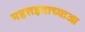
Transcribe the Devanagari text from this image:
महत्तइवाच्याआ